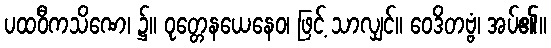
ပထဝီကသိဏေ၊ ၌။ ဝုတ္တေနယေနေဝ၊ ဖြင့် သာလျှင်။ ဝေဒိတဗ္ဗံ၊ အပ်၏။